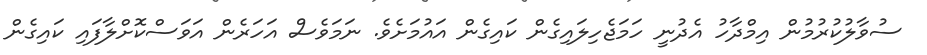
ސުވާލުކުރުމުން އިމްދާހު އެދުނީ ހަމަޖެހިލައިގެން ކައިގެން އައުމަށެވެ. ނަމަވެސް އަހަރެން އަވަސްކޮށްލާފައި ކައިގެން